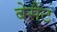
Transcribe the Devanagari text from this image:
बेसैंट